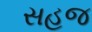
સહજ